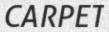
CARPET